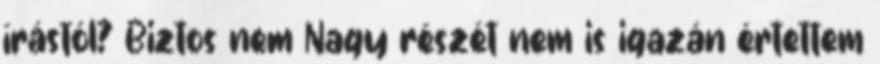
írástól? Biztos nem Nagy részét nem is igazán értettem